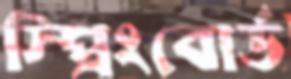
স্প্রিংবোর্ড